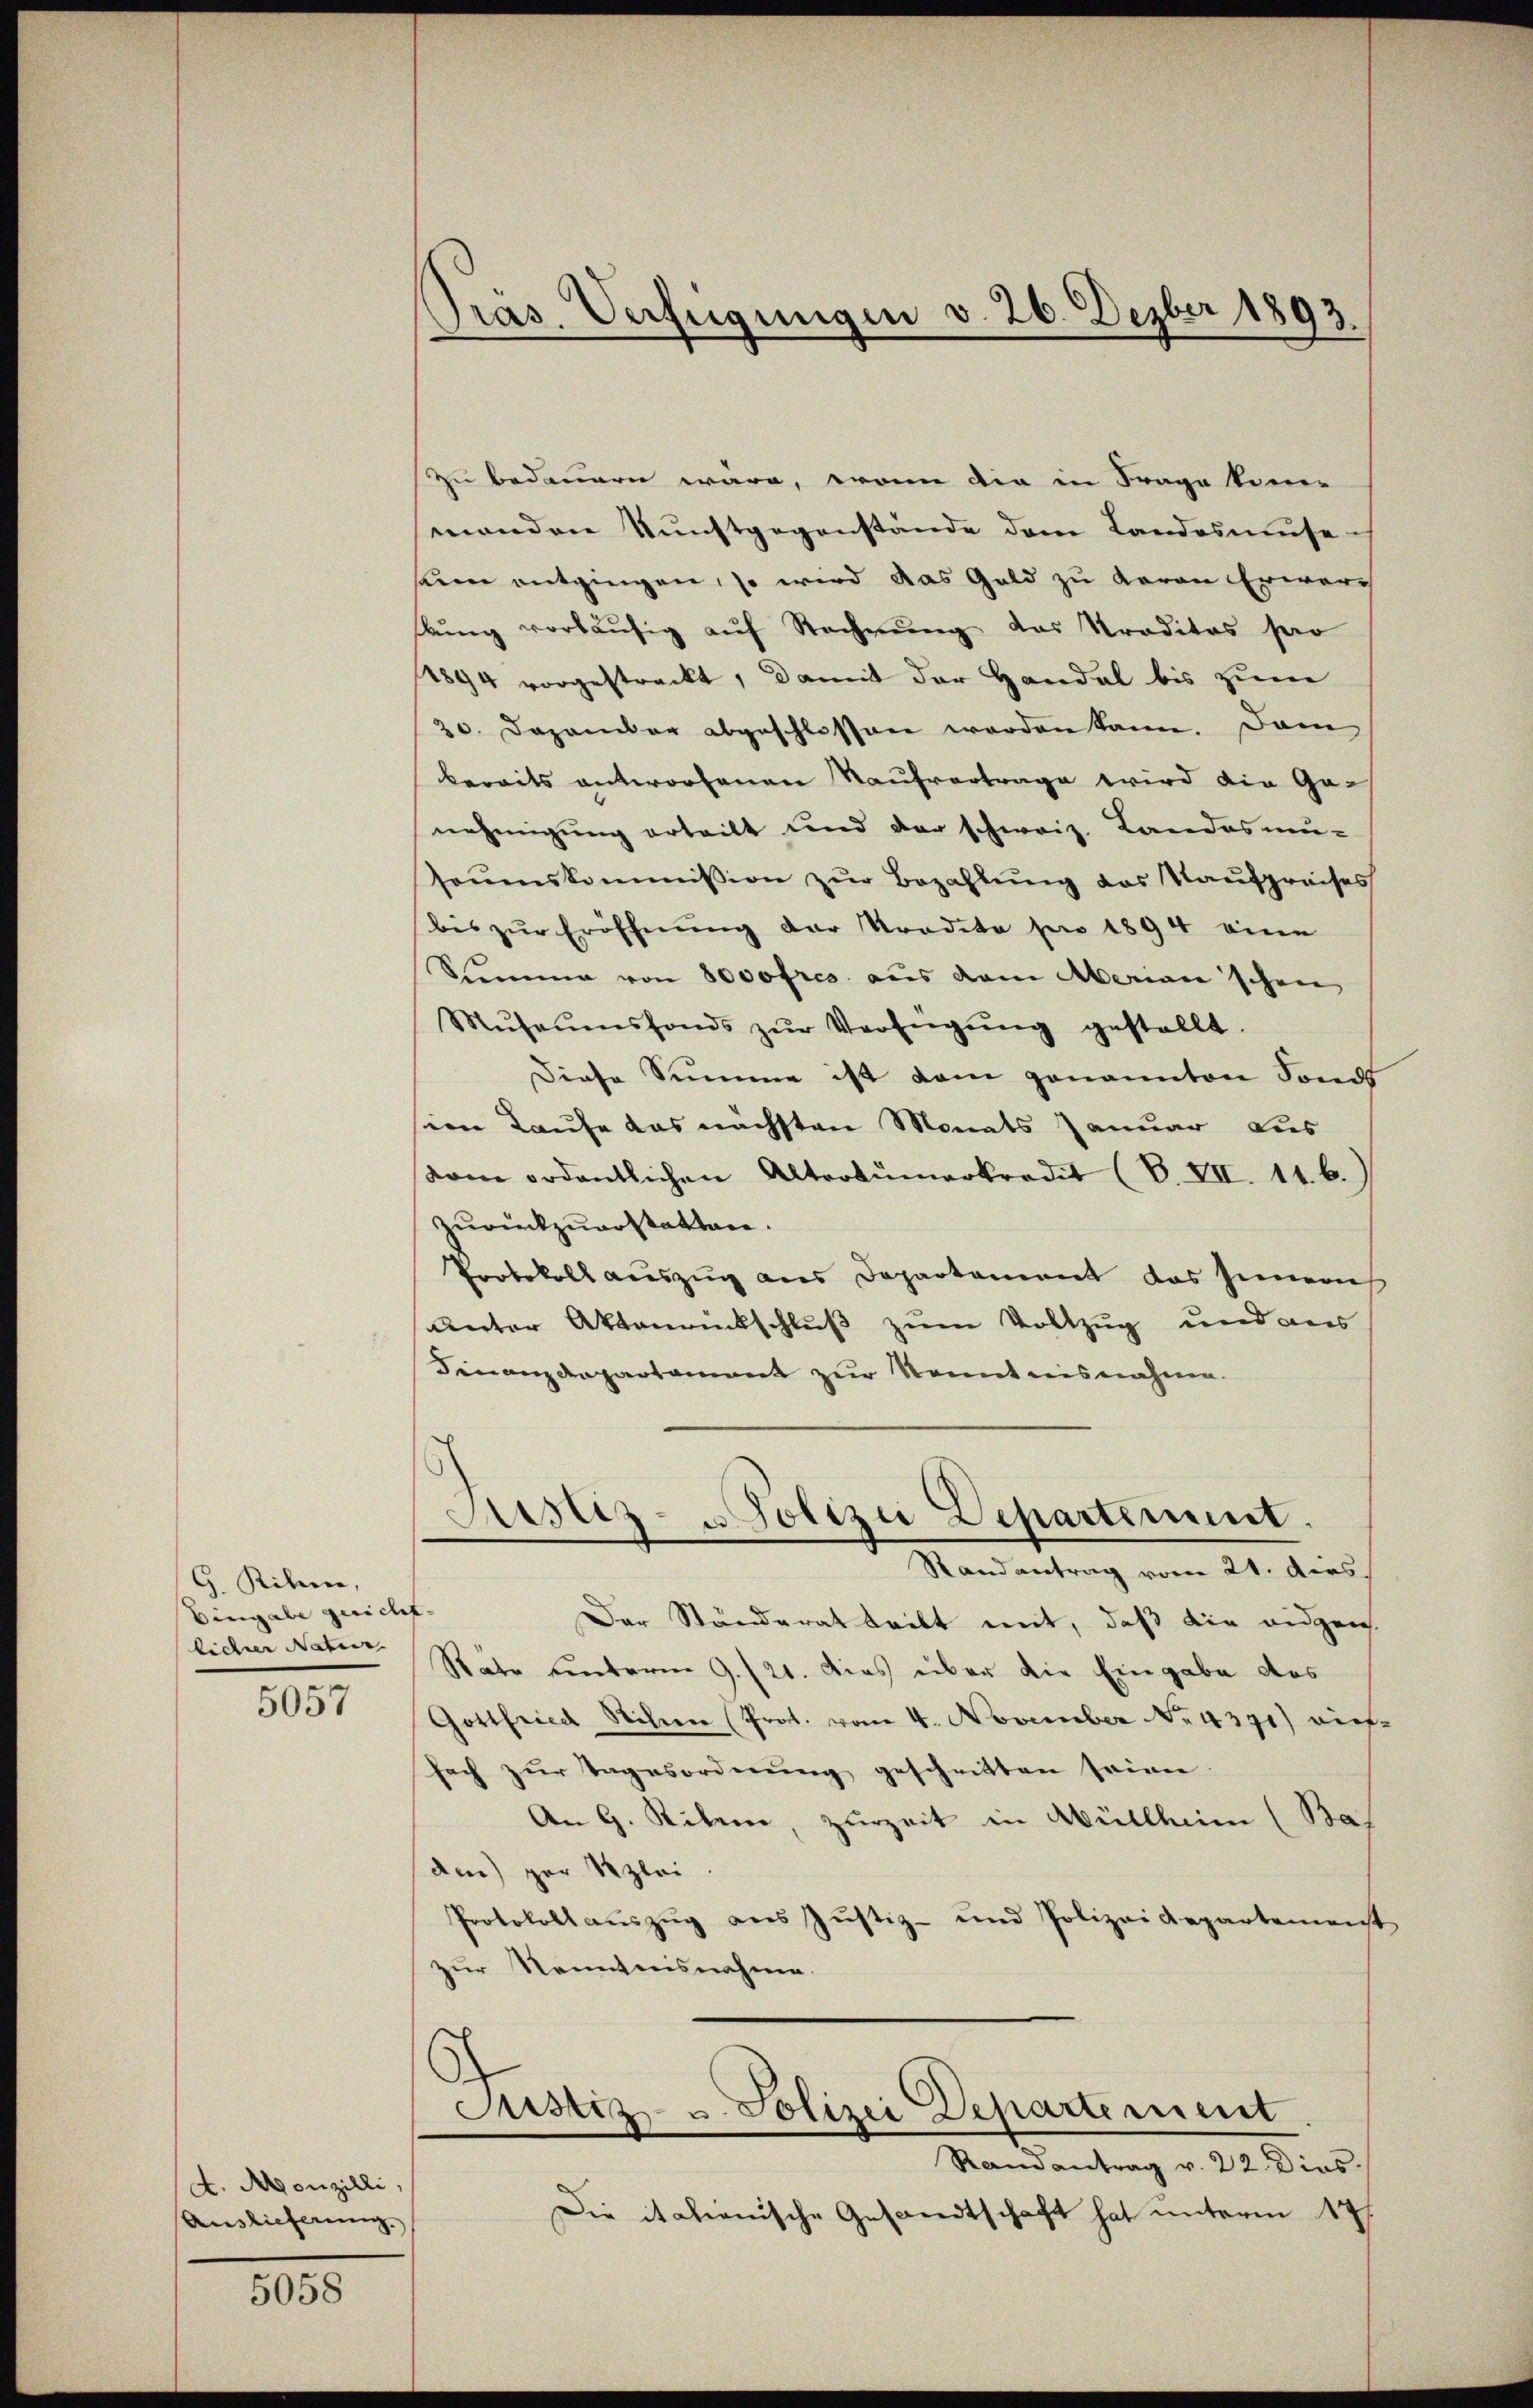
G. Riken,
Eingabe gericht.
licher Natur |

5057

d. Aonzilli,
Auslieferung.

5058

Pras. Verfügungen v. 26. Dezber 1893.

zu bedauern wäre, wenn die in Frage kom-
menden Kunstgegenstände dem Landosmuse-
seine entgingen, so wird das Geld zu geren Erwart
lŭng vorläŭfig aŭf Rechnŭng das Traditas par
1844 vorgestreckt, damit der Handel bis zum
20. Dezember abgeschlossen werden kann. Dam
bereits antworfenen Kaufvertrage wird die Ge-
nehmigung erteilt und der schweiz. Landosmu-
soŭmskommission zŭr Bezahlŭng des Kaŭfpreises
bis zŭr Eröffnŭng der Tradita pro 1894 eine
Stimme von 8000 frs. aus dem Merian'schen
Mŭsaŭmsfonds zŭr Verfügŭng gestellt.
Diese Summe ist dem genannten Sond
im Laufe das nächsten Monats Januar aus
vom ordentlichen Altortŭmarkredit (S. XII. 11. 6.
zurückzuerstatten.
Protokoll auszug aus Departement das Innern
unter Aktenrückschluß zum Vollzug und aus
Finanzdepartement zur Kenntnisnahme.
Justiz- u. Polizei Departement.
Randantrag vom 21. ders.
Der Ständerat tritt mit, daß die eidgen
Stäte unterm 9./21. Dies über die Eingabe des
Gottfried Stilen (Prot. vom 4. November No. 4371) auf
fach zŭr Tagesordnŭng geschritten seine
An 9. Neben zurzeit in Müllheim (Bas
den) gar Rzlei
Protokoll aŭszŭg ans Jŭstiz- und Polizeidepartemen
zur Kenntnisnahme.
Justiz- u. Polizei Departement
Randantrag v. 22. Dies
Die italienische Gesandtschaft hat unterm 17.